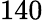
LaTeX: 140